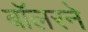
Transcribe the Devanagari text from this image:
बॉलरने